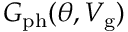
G _ { \mathrm { p h } } ( \theta , V _ { \mathrm { g } } )